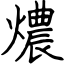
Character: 燶